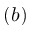
( b )